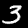
Digit: 3